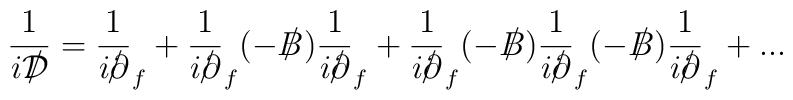
\frac{1}{i{{\cal D}\kern-0.15em\raise0.17ex\llap{/}\kern0.15em\relax}} = \frac{1}{i{\partial\kern-0.15em\raise0.17ex\llap{/}\kern0.15em\relax}}_f + \frac{1}{i{\partial\kern-0.15em\raise0.17ex\llap{/}\kern0.15em\relax}}_f(-{B\kern-0.15em\raise0.17ex\llap{/}\kern0.15em\relax})\frac{1}{i{\partial\kern-0.15em\raise0.17ex\llap{/}\kern0.15em\relax}}_f +\frac{1}{i{\partial\kern-0.15em\raise0.17ex\llap{/}\kern0.15em\relax}}_f(-{B\kern-0.15em\raise0.17ex\llap{/}\kern0.15em\relax})\frac{1}{i{\partial\kern-0.15em\raise0.17ex\llap{/}\kern0.15em\relax}}_f(-{B\kern-0.15em\raise0.17ex\llap{/}\kern0.15em\relax})\frac{1}{i{\partial\kern-0.15em\raise0.17ex\llap{/}\kern0.15em\relax}}_f + ...